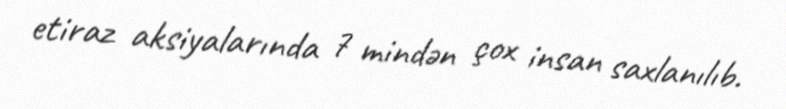
etiraz aksiyalarında 7 mindən çox insan saxlanılıb.